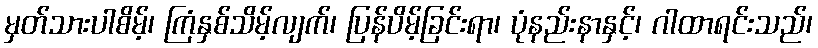
မှတ်သားပါစိမ့်၊ ကြံနှစ်သိမ့်လျက်၊ ပြန်ပိမ့်ခြင်းရာ၊ ပုံနည်းနာနှင့်၊ ဂါထာရင်းသည်၊